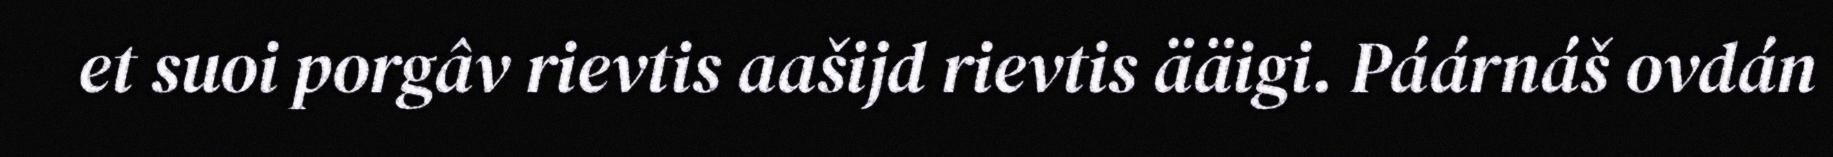
et suoi porgâv rievtis aašijd rievtis ääigi. Páárnáš ovdán